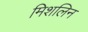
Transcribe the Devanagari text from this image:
मिशलिन